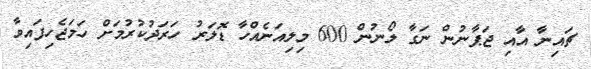
ޗައިނާ އާއި ޖަޕާނުން ނަގާ ލޯނުން 600 މިލިއަނެއްހާ ޑޮލަރު ހަރަދުކުރުމަށް ހަމަޖެހިފައިވާ